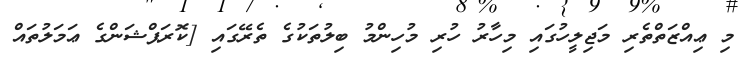
މި ޢިއްޒަތްތެރި މަޖިލީހުގައި މިހާރު ހުރި މުހިންމު ބިލުތަކުގެ ތެރޭގައި [ކޮރަޕްޝަންގެ ޢަމަލުތައް